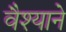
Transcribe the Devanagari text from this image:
वैश्याने